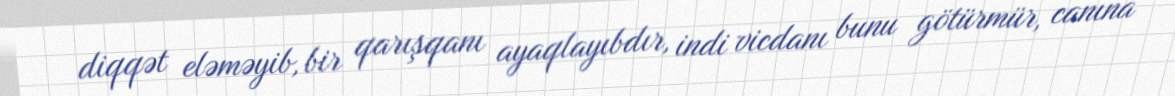
diqqət eləməyib, bir qarışqanı ayaqlayıbdır, indi vicdanı bunu götürmür, canına